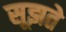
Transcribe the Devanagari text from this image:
सूझते